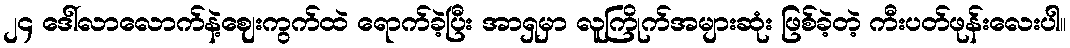
၂၄ ဒေါ်လာလောက်နဲ့ဈေးကွက်ထဲ ရောက်ခဲ့ပြီး အာရှမှာ လူကြိုက်အများဆုံး ဖြစ်ခဲ့တဲ့ ကီးပတ်ဖုန်းလေးပါ။